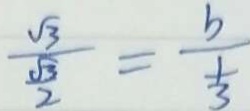
\frac { \sqrt { 3 } } { \frac { \sqrt { 3 } } { 2 } } = \frac { b } { \frac { 1 } { 3 } }